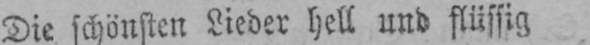
Die schönsten Lieder hell und flüssig